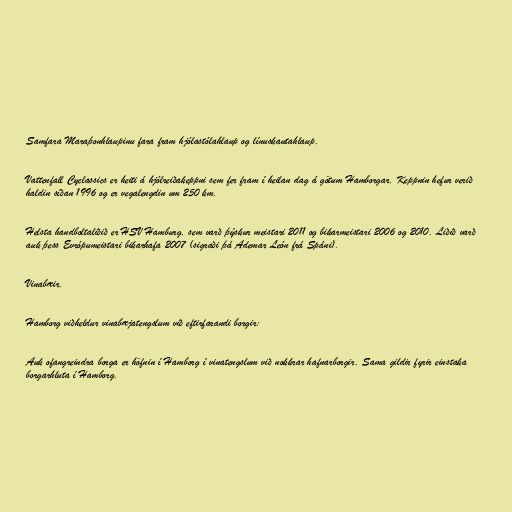
Samfara Maraþonhlaupinu fara fram hjólastólahlaup og línuskautahlaup.

Vattenfall Cyclassics er heiti á hjólreiðakeppni sem fer fram í heilan dag á götum Hamborgar. Keppnin hefur verið
haldin síðan 1996 og er vegalengdin um 250 km.

Helsta handboltaliðið er HSV Hamburg, sem varð þýskur meistari 2011 og bikarmeistari 2006 og 2010. Liðið varð
auk þess Evrópumeistari bikarhafa 2007 (sigraði þá Ademar León frá Spáni).

Vinabæir.

Hamborg viðheldur vinabæjatengslum við eftirfarandi borgir:

Auk ofangreindra borga er höfnin í Hamborg í vinatengslum við nokkrar hafnarborgir. Sama gildir fyrir einstaka
borgarhluta í Hamborg.